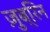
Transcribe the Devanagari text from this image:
ज़ुब्रिन